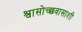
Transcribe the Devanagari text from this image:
श्वासोच्छवासाशी